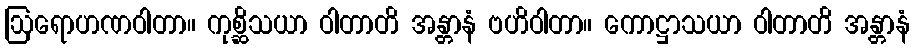
ဩရောဟဏဝါတာ။ ကုစ္ဆိသယာ ဝါတာတိ အန္တာနံ ဗဟိဝါတာ။ ကောဋ္ဌာသယာ ဝါတာတိ အန္တာနံ